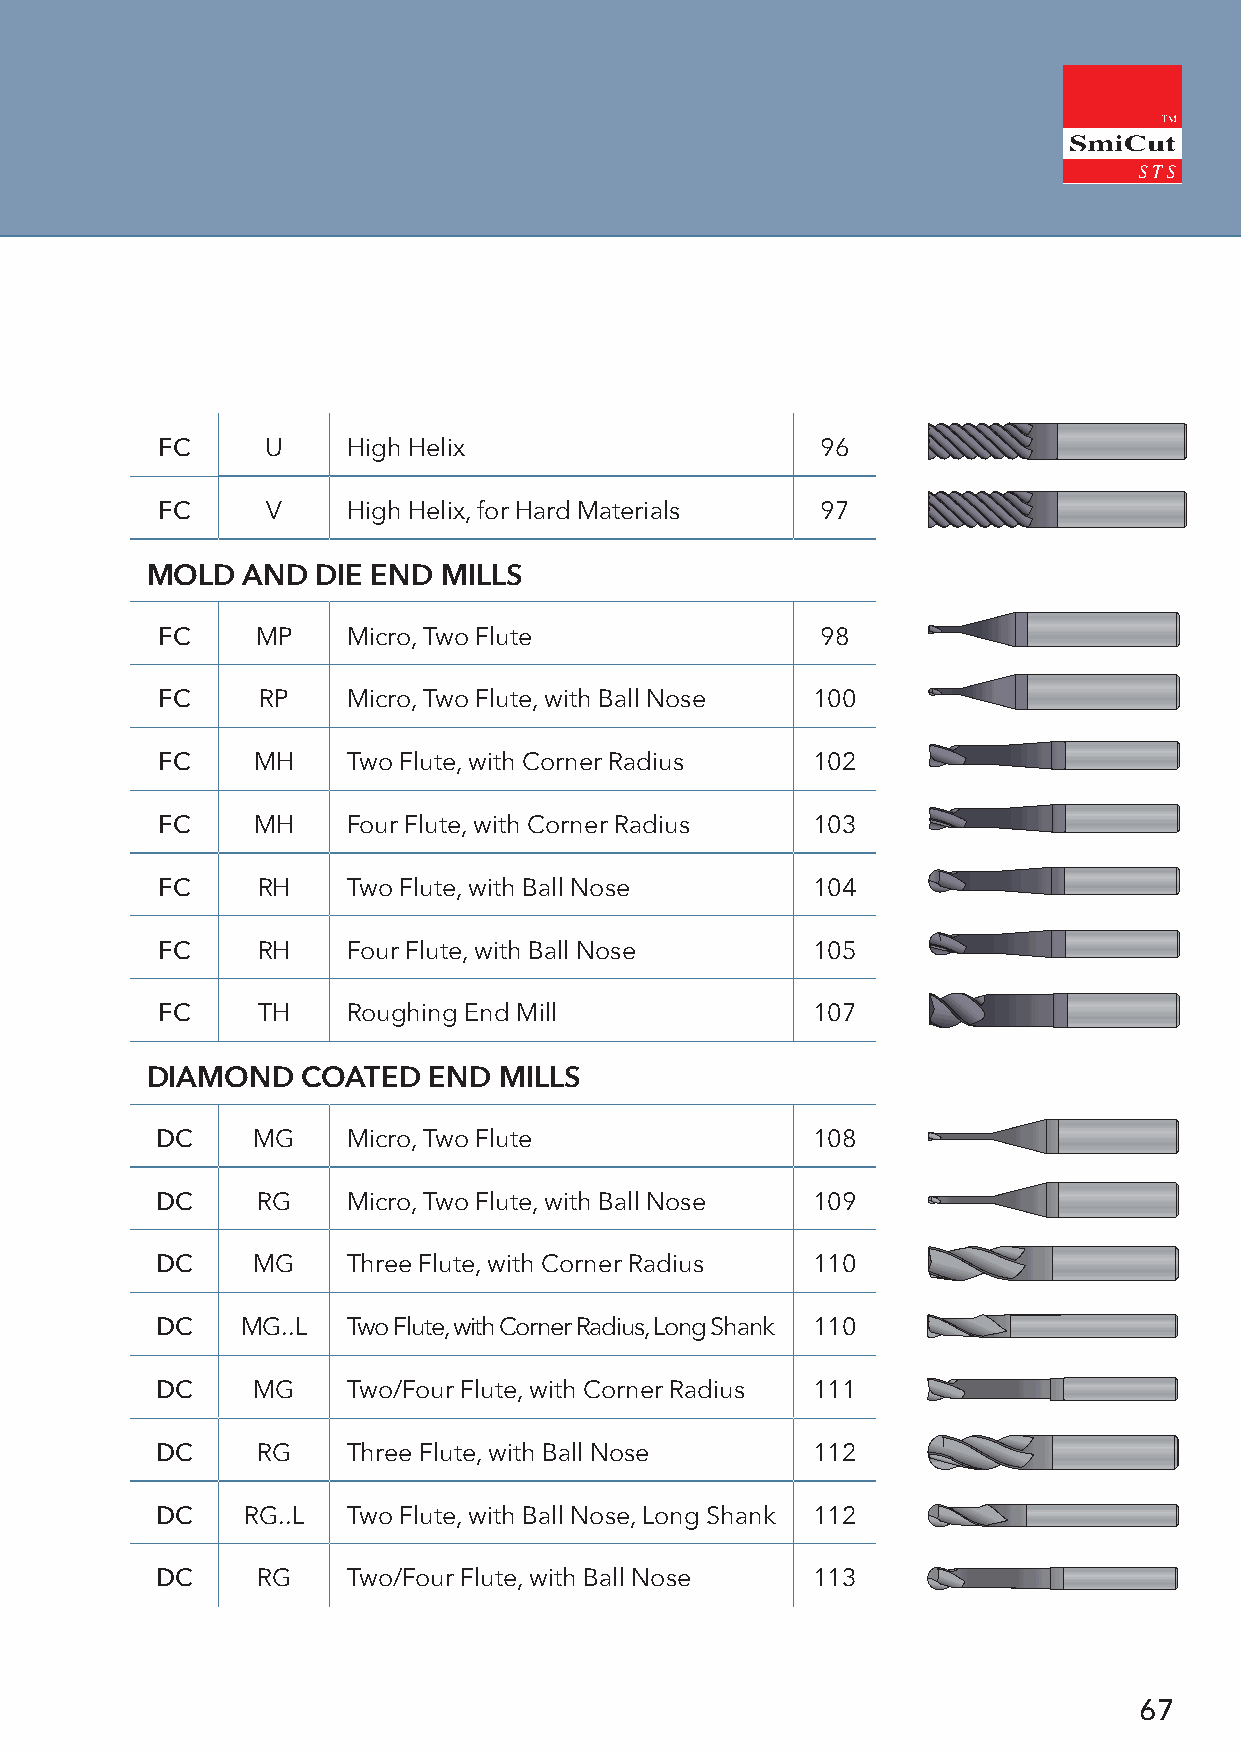
FC      U    High Helix                     96
 FC      V    High Helix, for Hard Materials 97
 MOLD  AND  DIE END MILLS
 FC     MP    Micro, Two Flute               98
 FC     RP    Micro, Two Flute, with Ball Nose 100
 FC     MH    Two Flute, with Corner Radius  102
 FC     MH    Four Flute, with Corner Radius 103
 FC     RH    Two Flute, with Ball Nose      104
 FC     RH    Four Flute, with Ball Nose     105
 FC     TH    Roughing End Mill              107
 DIAMOND   COATED  END  MILLS
 DC     MG    Micro, Two Flute               108
 DC     RG    Micro, Two Flute, with Ball Nose 109
 DC     MG    Three Flute, with Corner Radius 110
 DC    MG..L  Two Flute, with Corner Radius, Long Shank 110
 DC     MG    Two/Four Flute, with Corner Radius 111
 DC     RG    Three Flute, with Ball Nose    112
 DC    RG..L  Two Flute, with Ball Nose, Long Shank 112
 DC     RG    Two/Four Flute, with Ball Nose 113
 67